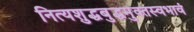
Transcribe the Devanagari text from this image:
नित्यशुद्धबुद्धमुक्तस्वभावं